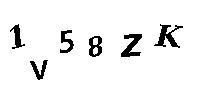
1V58ZK